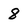
Character: 8